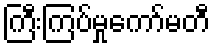
ကြီးကြပ်မှုကော်မတီ